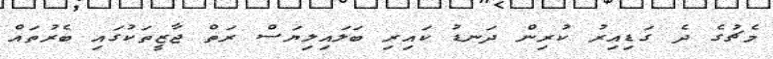
މެޗުގެ ދެ ގަޑިއިރު ކުރިން ދަނޑު ކައިރި ބަލައިލިޔަސް ރަތް ޖާޒީތަކުގައި ބެރުތައް